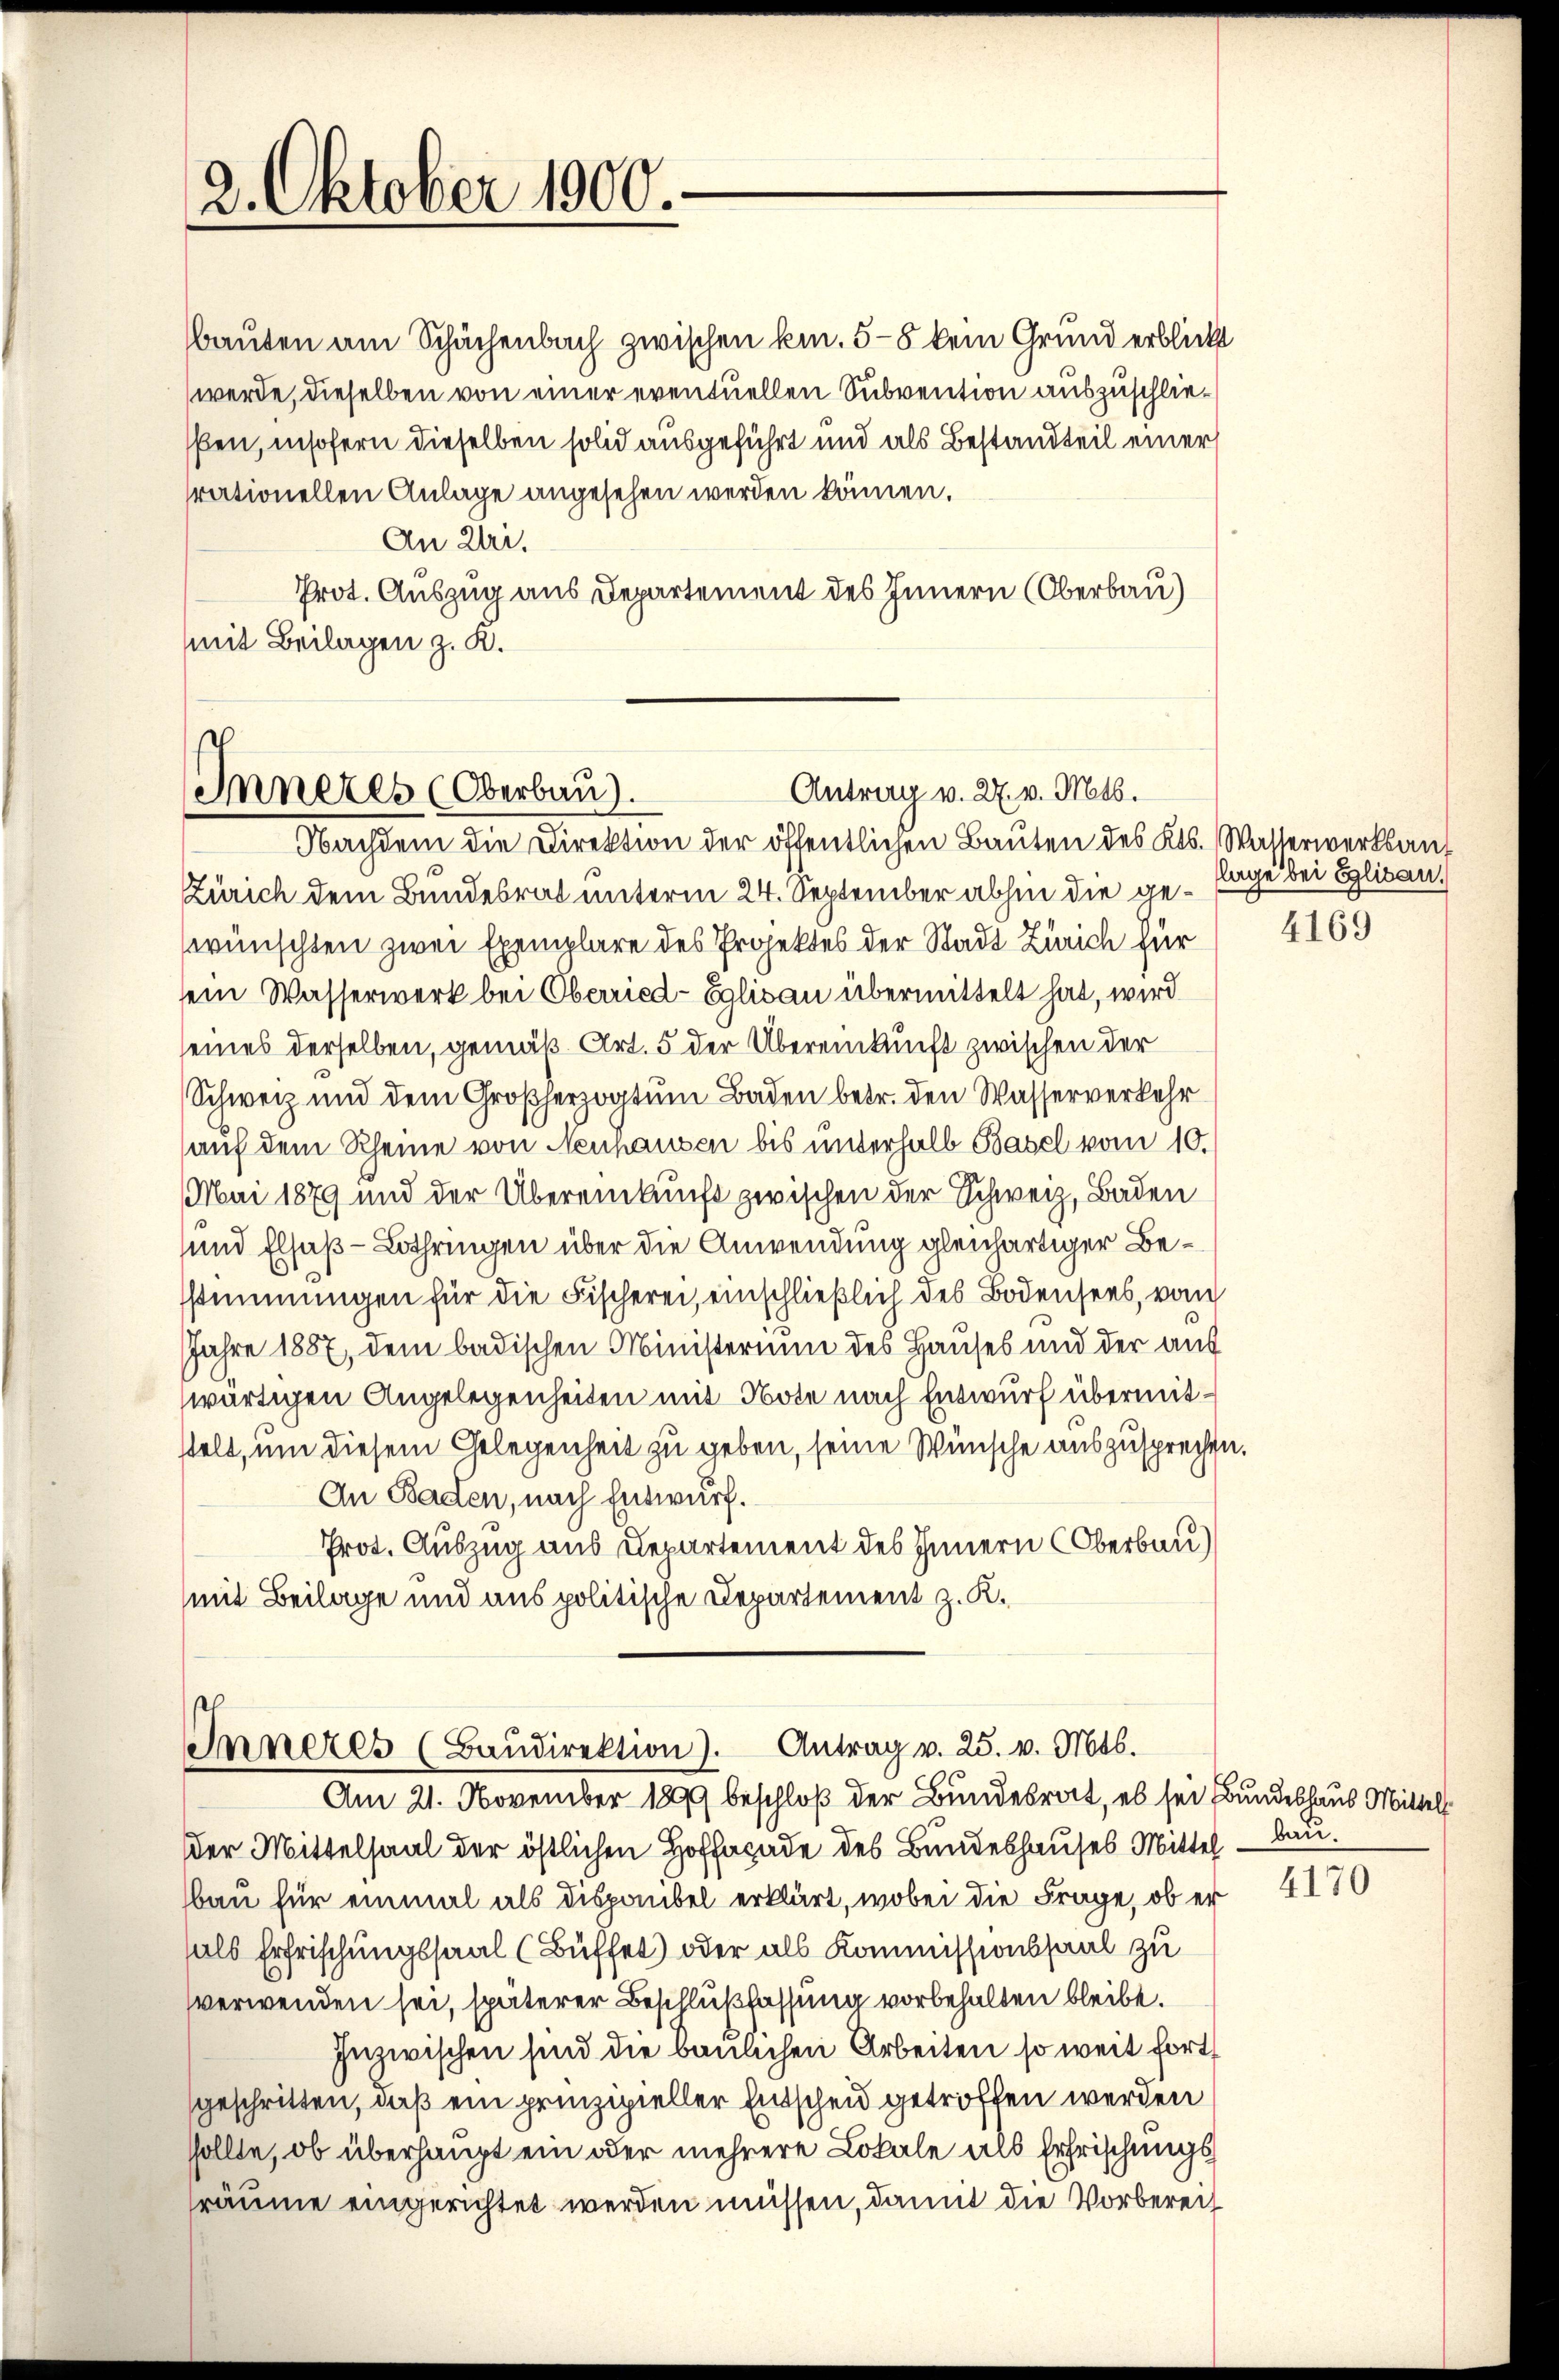
2. Oktober 1900.

bauten am Schächenbach zwischen kn. 5-8 kein Grund erblickt
werde, dieselben von einer eventuellen Subvention auszuschliessen, insofern dieselben solid ausgeführt und als Bestandteil einer
trationellen Anlage angesehen werden können.
An Zi.
Prot. Auszug aus Departement des Innern (Oberbau)
mit Beilagen z. K.

Antrag v. 27. v. Mts.
Inneres (Oberbau).
Nachdem die Direktion der öffentlichen Bauten des Kts. Wasserwerksauf

Zürich dem Bundesrat unterm 24. September abhin die geswünschten zwei Exemplare des Projektes der Stadt Zürich für
sein Wasserwerk bei Oberried-Eglisau übermittelt hat, wird
seines derselben, gemäß Art. 5 der Übereinkunft zwischen der
Schweiz und dem Großherzogtum Baden betr. den Wasserverkehr
auf dem Rheine von Neuhausen bis unterhalb Basel vom 10.
Mai 1879 und der Übereinkunft zwischen der Schweiz, Baden
und Elsaß-Lothringen über die Anwendung gleichartiger Besstimmungen für die Fischerei, einschließlich des Bodensees, vom
Jahre 1887, dem badischen Ministerium des Hauses und der aus
wärtigen Angelegenheiten mit Note nach Entwurf übermitstelt, um diesem Gelegenheit zu geben, seine Wünsche auszusprechen.
An Baden, nach Entwurf.
Prot. Auszug aus Departement des Innern Oberbau)
mit Beilage und aus politische Departement z. K.

Inneres (Baŭdirektion). Antrag v. 25. v. Mts.
Am 21. November 1899 beschloß der Bundesrat, es sei Bundeshaus Mittell

flage bei Eglisau.

der Mittelsaal der östlichen Hoffacade des Bundeshauses Mittel – ban.
bau für einmal als disponibel erklärt, wobei die Frage, ob er
als Erfrischungssaal (Büffel oder als Kommissionssaal zu
verwenden sei, späterer Beschlußfassung vorbehalten bleibe.
Inzwischen sind die baulichen Arbeiten so weit fort
geschritten, daß ein prinzipieller Entscheid getroffen werden
sollte, ob überhaupt ein oder mehrere Lokale als Erfrischungsräume eingerichtet werden müssen, damit die Vorberech

4169

4170